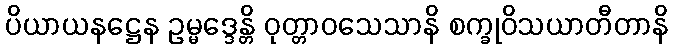
ပိယာယနဋ္ဌေန ဥမ္မဒ္ဒေန္တိ ဝုတ္တာဝသေသာနိ စက္ခုဝိသယာတီတာနိ